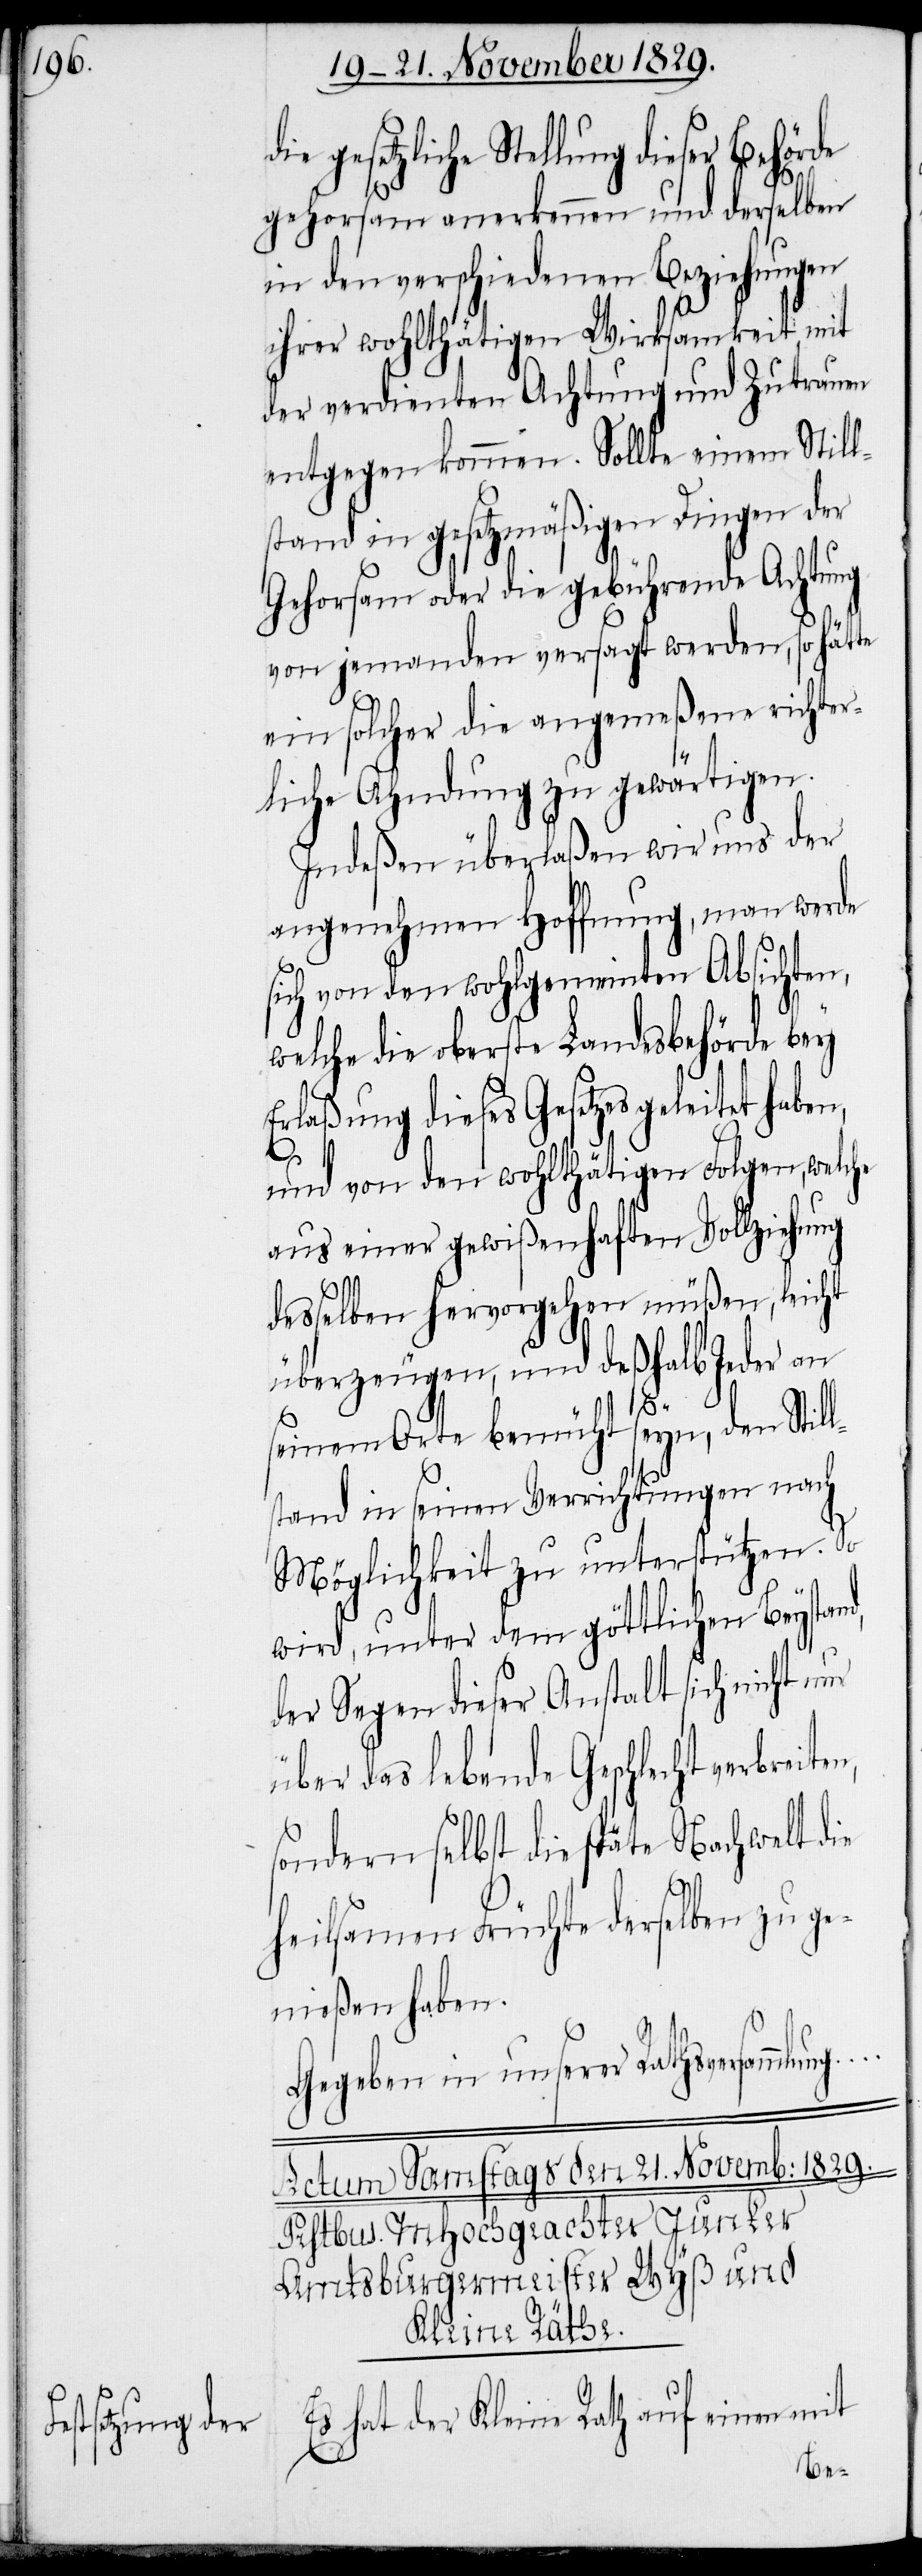
gesetzliche Stellung dieser Behörde
gehorsam anerkennen und derselben
in den verschiedenen Beziehungen
ihrer wohlthätigen Wirksamkeit mit
der verdienten Achtung und Zutrauen
entgegen kommen. Sollte einem Still¬
stand in gesetzmäßigen Dingen der
Gehorsam oder die gebührende Achtung
von jemanden versagt werden, so hätte
ein solcher die angemeßene richter¬
liche Ahndung zu gewärtigen.
Indeßen überlaßen wir uns der
angenehmen Hoffnung, man werde
sich von den wohlgemeinten Absichten,
welche die oberste Landesbehörde bey
Erlaßung dieses Gesetzes geleitet habe¬
ten,
und von den wohlthätigen Folgen, welche
aus einer gewißenhaften Vollziehung
desselben Hervorgehen müßen, leicht
überzeugen, und deßhalb Jeder an
seinem Orte bemüht seyn, den Sti¬
stand in seinen Verrichtungen nach
Möglichkeit zu unterstützen. So
wird, unter dem göttlichen Beystand,
der Segen dieser Anstalt sich nicht nur
über das lebende Geschlecht verbrei¬
sondern selbst die späte Nachwelt die
heilsamen Früchte derselben zu ge¬
nießen haben.
Gegeben in unserer Rathsversammlung…
Es hat der Kleine Rath auf einen mit